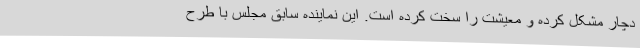
دچار مشکل کرده و معیشت را سخت کرده است. این نماینده سابق مجلس با طرح